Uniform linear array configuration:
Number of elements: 4
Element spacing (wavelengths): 0.25
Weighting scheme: uniform
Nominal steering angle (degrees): -30
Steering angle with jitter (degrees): -31.733
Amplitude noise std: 0.05
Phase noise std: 0.05

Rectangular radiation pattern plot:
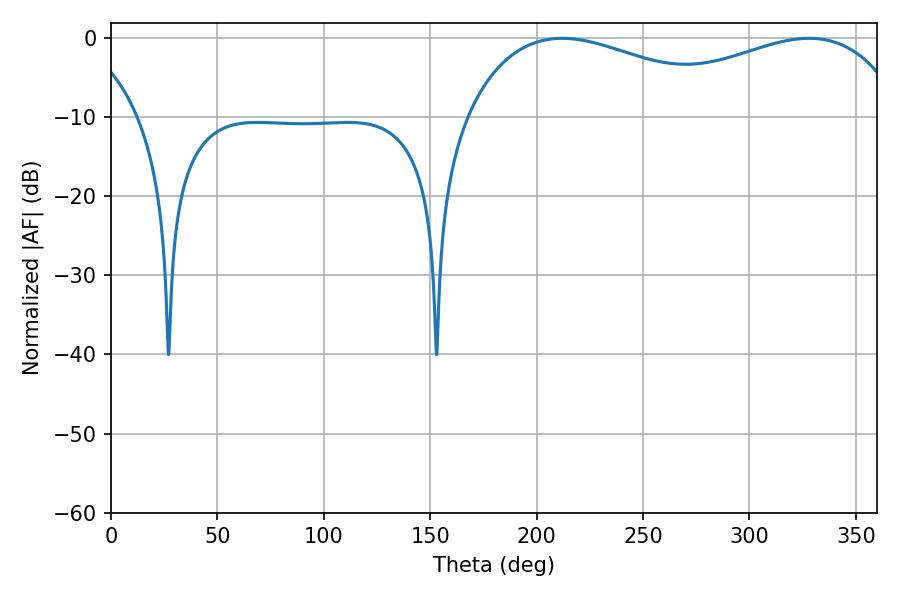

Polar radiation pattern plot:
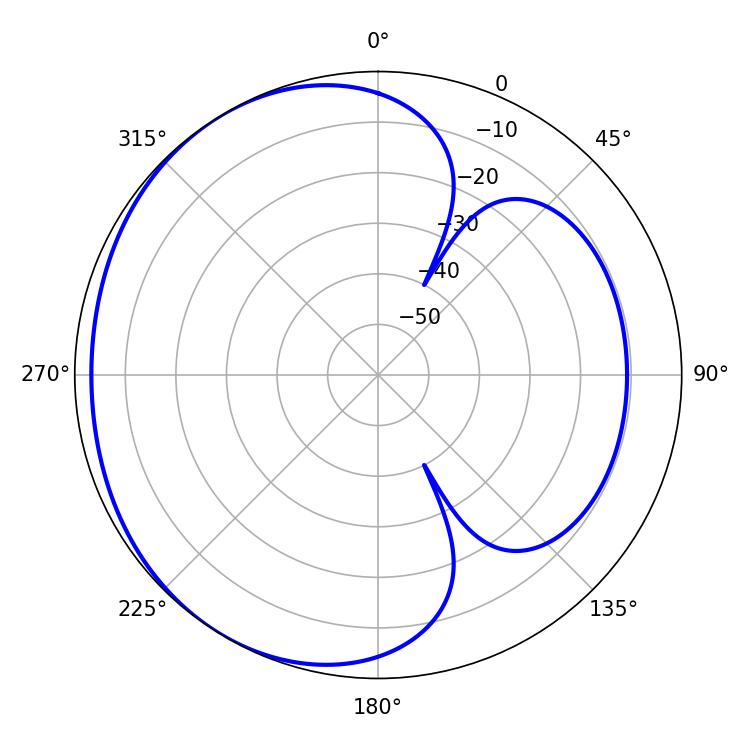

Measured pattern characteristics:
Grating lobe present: FALSE
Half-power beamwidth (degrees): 74.16
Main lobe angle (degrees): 212.04